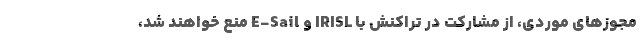
مجوزهای موردی، از مشارکت در تراکنش با IRISL و E-Sail منع خواهند شد،